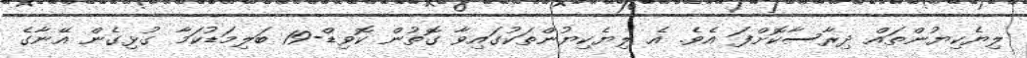
ލިޔެކިޔުންތައް ދިރާސާކޮށްފަ އެވެ. އެ ލިޔެކިޔުންތަކުގައިވާ ގޮތުން ކޮވިޑް-19 ބަލިމަޑުކަމާ ގުޅިގެން އޭނާގެ